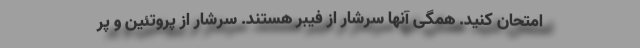
امتحان کنید. همگی آنها سرشار از فیبر هستند. سرشار از پروتئین و پر